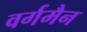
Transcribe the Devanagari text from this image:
वर्गमैन